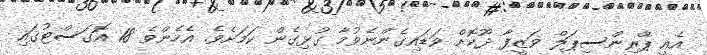
އެއީ ޕްރިންސިޕަލް ވަޒީފާ ދޫކޮށް ވަޑައިގެންނެވުމާ ގުޅިގެން ކަމަށެވެ. އެހެންވެ 18 އޮގަސްޓުގައި